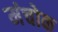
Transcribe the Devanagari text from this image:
मंचोक